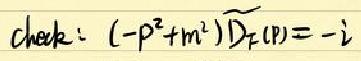
check: $(-p^{2}+m^{2})\widetilde{D}_{F}(p)=-i$